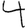
Digit: 4